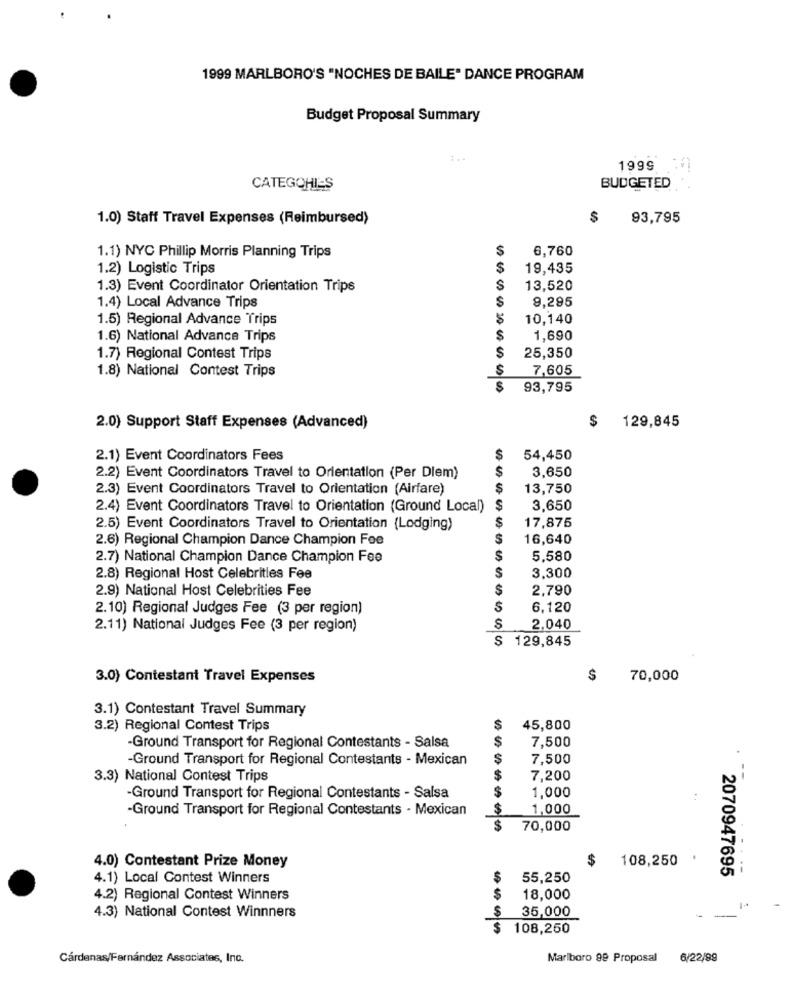
1999 MARLBORO'S "NOCHES DE BAILE" DANCE PROGRAM
Budget Proposal Summary
1999
CATEGOHI-S
BUDGETED
1.0) Staff Travel Expenses (Reimbursed)
$
93,795
$
6,760
1.1) NYC Phillip Morris Planning Trips
1.2) Logistic Trips
$
19,435
1.3) Event Coordinator Orientation Trips
S
13,520
$
9,295
1.4) Local Advance Trips
1.5) Regional Advance Trips
10,140
1.6) National Advance Trips
1,690
S
1.7) Regional Contest Trips
25,350
1.8) National Contest Trips
S
7,605
$
93,795
$
129,845
2.0) Support Staff Expenses (Advanced)
2.1) Event Coordinators Fees
S
54,450
S
3,650
2.2) Event Coordinators Travel to Orientation (Per Diem)
2.3) Event Coordinators Travel to Orientation (Airfare)
$
13,750
2.4) Event Coordinators Travel to Orientation (Ground Local)
$
3,650
$
2.5) Event Coordinators Travel to Orientation (Lodging)
17,875
2.6) Regional Champion Dance Champion Foe
$
16,640
2.7) National Champion Dance Champion Fee
$
5,580
S
3.300
2.8) Regional Host Celebrities Fee
2.9) National Host Celebrities Fee
$
2,790
2.10) Regional Judges Fee (3 per region)
6,120
2.11) National Judges Fee (3 per region)
S
2,040
S
129,845
3.0) Contestant Travel Expenses
$
70,000
3.1) Contestant Travel Summary
3.2) Regional Contest Trips
$
45,800
$
-Ground Transport for Regional Contestants - Salsa
7,500
-Ground Transport for Regional Contestants - Mexican
$
7,500
.
3.3) National Contest Trips
$
7,200
--
S
1,000
-Ground Transport for Regional Contestants - Salsa
-Ground Transport for Regional Contestants - Mexican
$
1,000
70,000
4.0) Contestant Prize Money
$
108,250
2070947695
4.1) Local Contest Winners
55,250
S
4.2) Regional Contest Winners
18,000
4.3) National Contest Winnners
S
35,000
$
108,250
Cárdenas/Fernández Associates, Inc.
Marlboro 99 Proposal
6/22/99